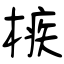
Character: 槉